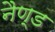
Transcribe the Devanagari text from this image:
नैण्ड